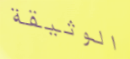
الوثيقة